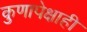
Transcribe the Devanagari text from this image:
कुणापेक्षाही